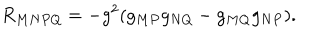
R _ { M N P Q } = - g ^ { 2 } ( g _ { M P } g _ { N Q } - g _ { M Q } g _ { N P } ) .